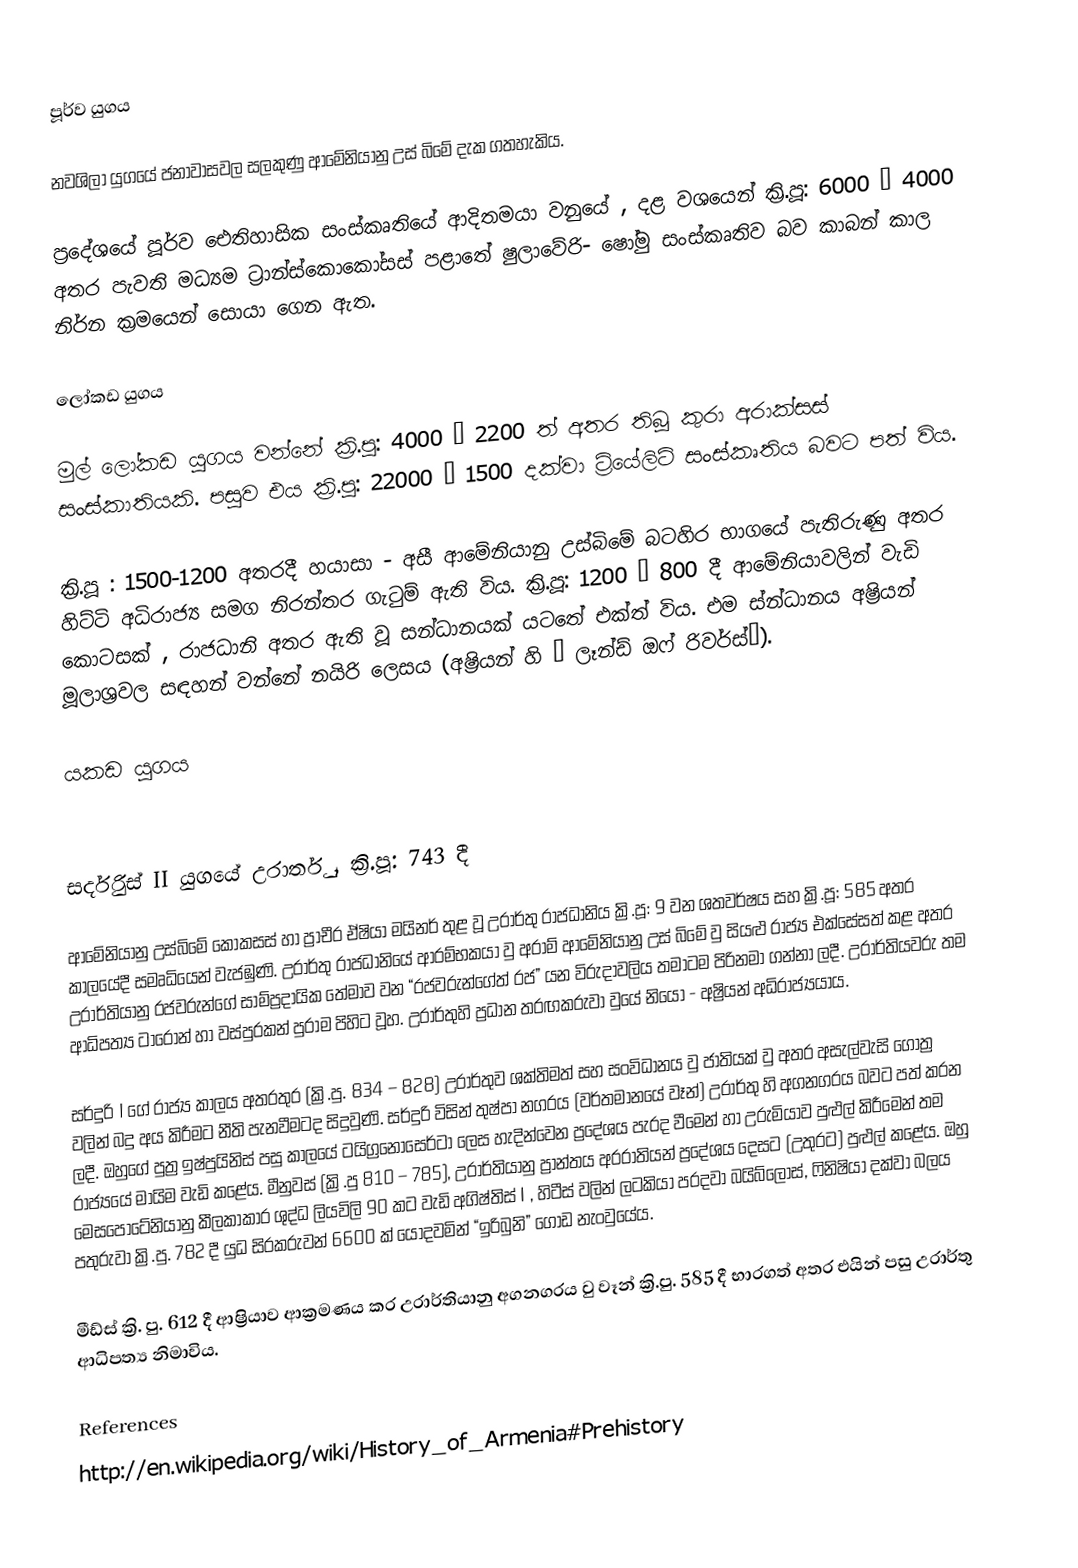
පූර්ව යුගය

නවශිලා යුගයේ ජනාවාසවල සලකුණු ආමේනියානු උස් බිමේ දැක ගතහැකිය.

ප්‍රදේශයේ පූර්ව ඓතිහාසික සංස්කෘතියේ ආදිතමයා වනුයේ , දළ වශයෙන් ක්‍රි.පූ: 6000 – 4000 අතර පැවති මධ්‍යම ට්‍රාන්ස්කොකෝසස් පළාතේ ෂුලාවේරි- ෂෝමු සංස්කෘතිව බව කාබන් කාල නිර්න ක්‍රමයෙන් සොයා ගෙන ඇත.

ලෝකඩ යුගය

මුල් ලෝකඩ යුගය වන්නේ ක්‍රි.පූ: 4000 – 2200 ත් අතර තිබූ කුරා අරාක්සස් සංස්කාතියකි. පසුව එය ක්‍රි.පූ: 22000 – 1500 දක්වා ට්‍රියේලිට් සංස්කෘතිය බවට පත් විය.

ක්‍රි.පූ : 1500-1200 අතරදී හයාසා - අසී ආමේනියානු උස්බිමේ බටහිර භාගයේ පැතිරුණු අතර හිට්ටි අධිරාජ්‍ය සමග නිරන්තර ගැටුම් ඇති විය. ක්‍රි.පූ: 1200 – 800 දී ආමේනියාවලින් වැඩි කොටසක් , රාජධානි අතර ඇති වූ සන්ධානයක් යටතේ එක්ත් විය. එම ස්‍න්ධානය අෂ්‍රියන් මූලාශ්‍රවල සඳහන් වන්නේ නයිරි ලෙසය (අෂ්‍රියන් හි “ ලෑන්ඩ් ඔෆ් රිවර්ස්”).

යකඩ යුගය

සර්දුරිස් II යුගයේ උරාර්තු , ක්‍රි.පූ: 743 දී

ආමේනියානු උස්බිමේ කෝකසස් හා ප්‍රාචීර ඒෂියා මයිනර් තුළ වූ උරාර්තු රාජධානිය ක්‍රි.පූ: 9 වන ශතවර්ෂය සහ ක්‍රි.පූ: 585 අතර කාලයේදී සමෘධියෙන් වැජඹුණි. උරාර්තු රාජධානියේ ආරම්භකයා වු අරාම් ආමේනියානු උස් බිමේ වු සියළු රාජ්‍ය එක්සේසත් කළ අතර උරාර්තියානු රජවරුන්ගේ සාම්ප්‍රදායික තේමාව වන “රජවරුන්ගේත් රජ” යන විරුදාවලිය තමාටම පිරිනමා ගන්නා ලදී. උරාර්තියවරු තම ආධිපත්‍ය ටාරොන් හා වස්පුරකන් පුරාම පිහිට වූහ. උරාර්තුහි ප්‍රධාන තරඟකරුවා වුයේ නියෝ - අෂ්‍රියන් අධිරාජ්‍යයාය.

සර්දුරි I ගේ රාජ්‍ය කාලය අතරතුර (ක්‍රි.පු. 834 – 828) උරාර්තුව ශක්තිමත් සහ සංවිධානය වු ජාතියක් වු අතර අසැල්වැසි ගෝත්‍ර වලින් බදු අය කිරීමට නීති පැනවීමටද සිදුවුණි. සර්දුරි විසින් තුෂ්පා නගරය (වර්තමානයේ වෑන්) උරාර්තු හි අගනගරය බවට පත් කරන ලදී. ඔහුගේ පුත්‍ර ඉෂ්පුයිනිස් පසු කාලයේ ටයි‍ග්‍රනෝසෙර්ටා ලෙස හැදින්වෙන ප්‍රදේශය පැරද වීමෙන් හා උරුමියාව පුළුල් කිරීමෙන් තම රාජ්‍යයේ මායිම වැඩි කළේය. මීනුවස් (ක්‍රි.පු 810 – 785), උරාර්තියානු ප්‍රාන්තය අරරාතියන් ප්‍රදේශය දෙසට (උතුරට) පුළුල් කළේය. ඔහු මෙසපොටේනියානු කීලකාකාර ශුද්ධ ලියවිලි 90 කට වැඩි අගිෂ්තිස් I , හිටීස් වලින් ලටකියා පරදවා බයිබ්ලොස්, ෆිනිෂියා දක්වා බලය පතුරුවා ක්‍රි.පු. 782 දී යුධ සිරකරුවන් 6600 ක් යොදවමින් “ඉරිබුනි” ගොඩ නැංවුයේය.

මීඩ්ස් ක්‍රි. පු. 612 දී ආෂ්‍රියාව ආක්‍රමණය කර උරාර්තියානු අගනගරය වු වෑන් ක්‍රි.පු. 585 දී භාරගත් අතර එයින් පසු උරාර්තු ආධිපත්‍ය නිමාවිය.

References
http://en.wikipedia.org/wiki/History_of_Armenia#Prehistory